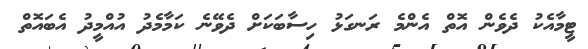
ޓީމާއެކު ދެވެން އޮތް އެންމެ ރަނގަޅު ހިސާބަކަށް ދެވޭނެ ކަމާމެދު އުއްމީދު އެބައޮތް